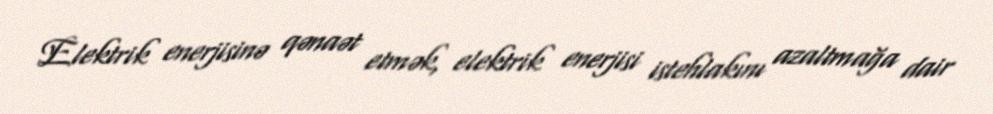
Elektrik enerjisinə qənaət etmək, elektrik enerjisi istehlakını azaltmağa dair